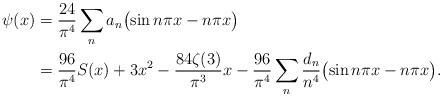
LaTeX: \begin{align*} \psi (x) & = \frac{24}{\pi^4} \sum_{n } a_n \bigl( \sin n \pi x - n \pi x \bigr) \\& = \frac{96}{\pi^4} S(x) + 3 x^2 - \frac{84\zeta(3)}{\pi^3} x - \frac{96}{\pi^4} \sum_{n } \frac{d_n}{n^4} \bigl( \sin n \pi x - n\pi x \bigr) .\end{align*}